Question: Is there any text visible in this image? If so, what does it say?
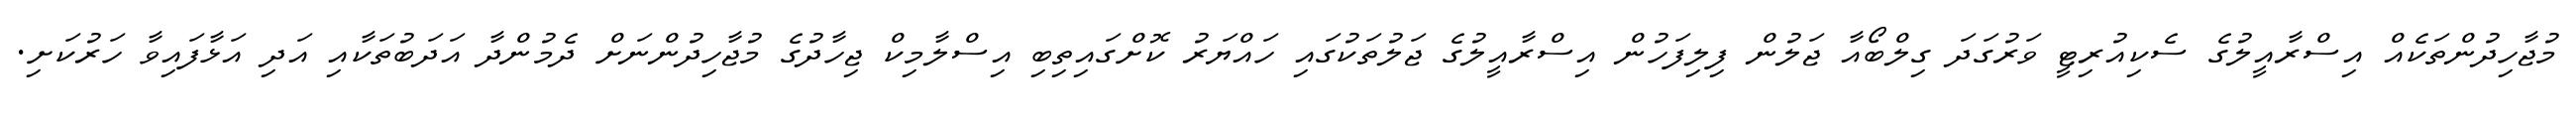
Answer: މުޖާހިދުންތަކެއް އިސްރާއީލުގެ ސެކިއުރިޓީ ވަރުގަދަ ގިލްބޯއާ ޖަލުން ފިލިފަހުން އިސްރާއީލުގެ ޖަލުތަކުގައި ހައްޔަރު ކޮށްގައިތިބި އިސްލާމިކް ޖިހާދުގެ މުޖާހިދުންނަށް ދެމުންދާ އަދަބުތަކާއި އަދި އަޅާފައިވާ ހަރުކަށި.